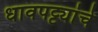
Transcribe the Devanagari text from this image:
धावपट्ट्यांचे